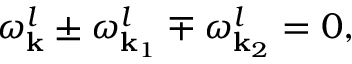
\omega _ { \bf k } ^ { l } \pm \omega _ { { \bf k } _ { 1 } } ^ { l } \mp \omega _ { { \bf k } _ { 2 } } ^ { l } = 0 ,